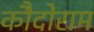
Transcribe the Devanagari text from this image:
कौदोराम